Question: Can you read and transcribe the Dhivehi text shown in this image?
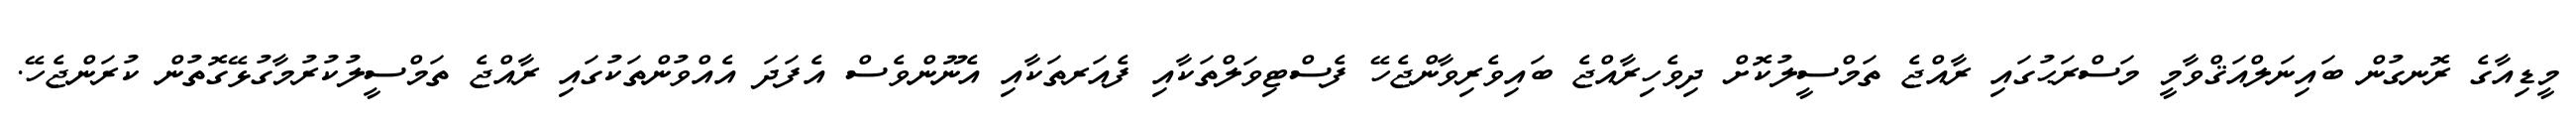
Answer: މީޑިއާގެ ރޮނގުން ބައިނަލްއަޤްވާމީ މަސްރަޙުގައި ރާއްޖެ ތަމްސީލުކޮށް ދިވެހިރާއްޖެ ބައިވެރިވާންޖެހޭ ފެސްޓިވަލްތަކާއި ފެއަރތަކާއި އެނޫންވެސް އެފަދަ އެއްވުންތަކުގައި ރާއްޖެ ތަމްސީލުކުރުމާގުޅޭގޮތުން ކުރަންޖެހޭ.